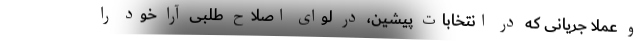
و عملا جریانی که در انتخابات پیشین، در لوای اصلاح طلبی آرا خود را